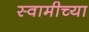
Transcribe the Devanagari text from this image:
स्‍वामीच्‍या